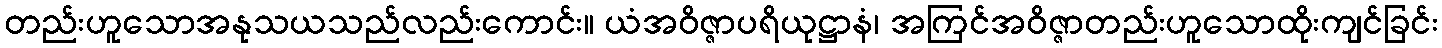
တည်းဟူသောအနုသယသည်လည်းကောင်း။ ယံအဝိဇ္ဇာပရိယုဋ္ဌာနံ၊ အကြင်အဝိဇ္ဇာတည်းဟူသောထိုးကျင်ခြင်း